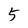
Character: 5